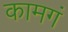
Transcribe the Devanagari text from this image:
कामगं